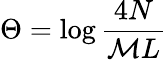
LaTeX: \Theta=\log\displaystyle\frac{4N}{{\cal M}L}